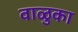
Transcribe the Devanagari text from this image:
वाळुका